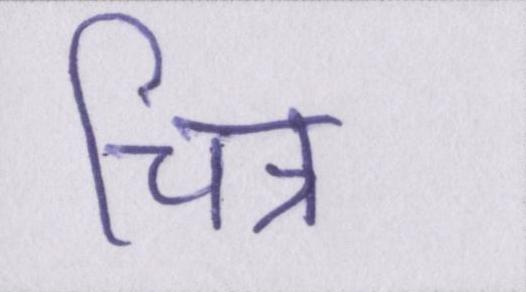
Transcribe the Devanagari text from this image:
चित्र